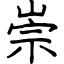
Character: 崇